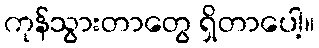
ကုန်သွားတာတွေ ရှိတာပေါ့။